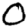
Digit: 0